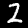
Label: 2